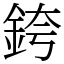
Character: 銙